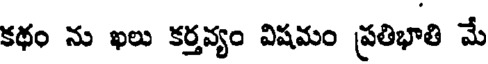
కథం ను ఖలు కర్తవ్యం విషమం ప్రతిభాతి మే